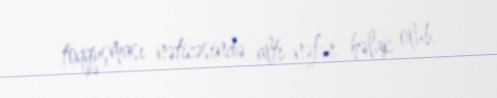
toqquşması nəticəsində altı nəfər həlak olub.